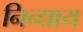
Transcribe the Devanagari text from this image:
निन्द्याय